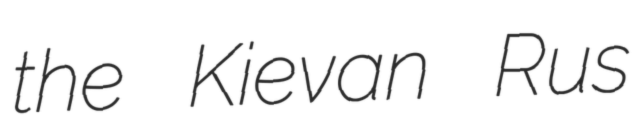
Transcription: the Kievan Rusʹ